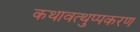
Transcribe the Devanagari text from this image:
कथावत्थुप्पकरण